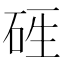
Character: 𥒑